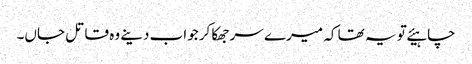
چاہیئے تو یہ تھا کہ میرے سر جھکا کر جواب دینے وہ قاتل جاں۔